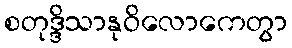
စတုဒ္ဒိသာနုဝိလောကေတွာ